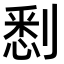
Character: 𠞹